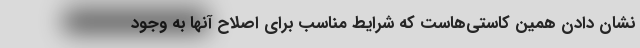
نشان دادن همین کاستی‌هاست که شرایط مناسب برای اصلاح آنها به‌ وجود